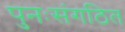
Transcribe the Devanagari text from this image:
पुनःसंगठित